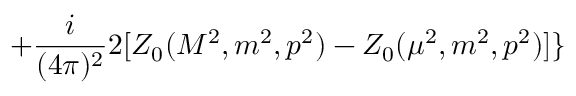
+ \frac { i } { ( 4 \pi ) ^ { 2 } } 2 [ Z _ { 0 } ( M ^ { 2 } , m ^ { 2 } , p ^ { 2 } ) - Z _ { 0 } ( \mu ^ { 2 } , m ^ { 2 } , p ^ { 2 } ) ] \}